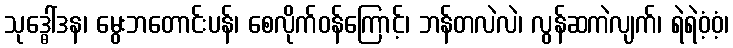
သုဒ္ဓေါ်ဒန၊ မွေးဘတောင်းပန်၊ စေလိုက်ဝန်ကြောင့်၊ ဘန်တလဲလဲ၊ လွန်ဆကဲလျက်၊ ရဲရဲဝံ့ဝံ့၊